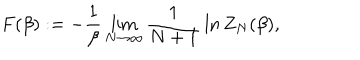
F ( \beta ) : = - \frac { 1 } { \beta } \lim _ { N \to \infty } \frac { 1 } { N + 1 } \, \ln Z _ { N } ( \beta ) ,